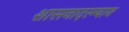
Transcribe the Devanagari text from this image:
शासनादरम्यान